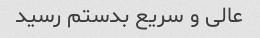
عالی و سریع بدستم رسید